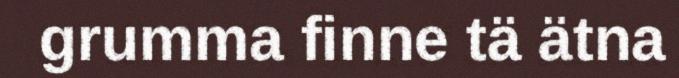
grumma finne tä ätna